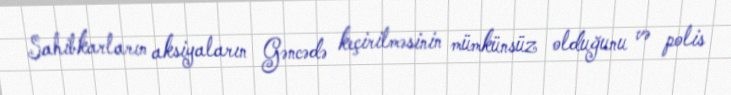
Sahibkarların aksiyaların Gəncədə keçirilməsinin mümkünsüz olduğunu və polis